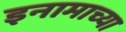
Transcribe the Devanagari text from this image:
इनामाच्या